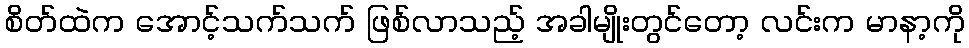
စိတ်ထဲက အောင့်သက်သက် ဖြစ်လာသည့် အခါမျိုးတွင်တော့ လင်းက မာနာ့ကို